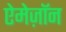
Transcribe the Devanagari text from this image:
ऐमेज़ॉन